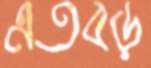
এতবড়